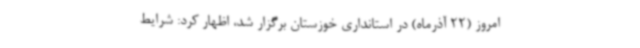
امروز (22 آذرماه) در استانداری خوزستان برگزار شد، اظهار کرد: شرایط